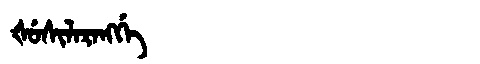
Manchu: ᡧᡠᠰᡳᠯᠠᡵᠠᠩᡤᡝ
Romanization: ŠUSILARANGGE